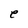
Character: e